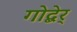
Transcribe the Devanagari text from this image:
गोद्बेर्